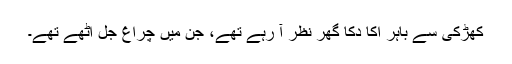
کھڑکی سے باہر اکا دکا گھر نظر آ رہے تھے، جن میں چراغ جل اٹھے تھے۔